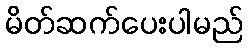
မိတ်ဆက်ပေးပါမည်